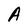
Character: A